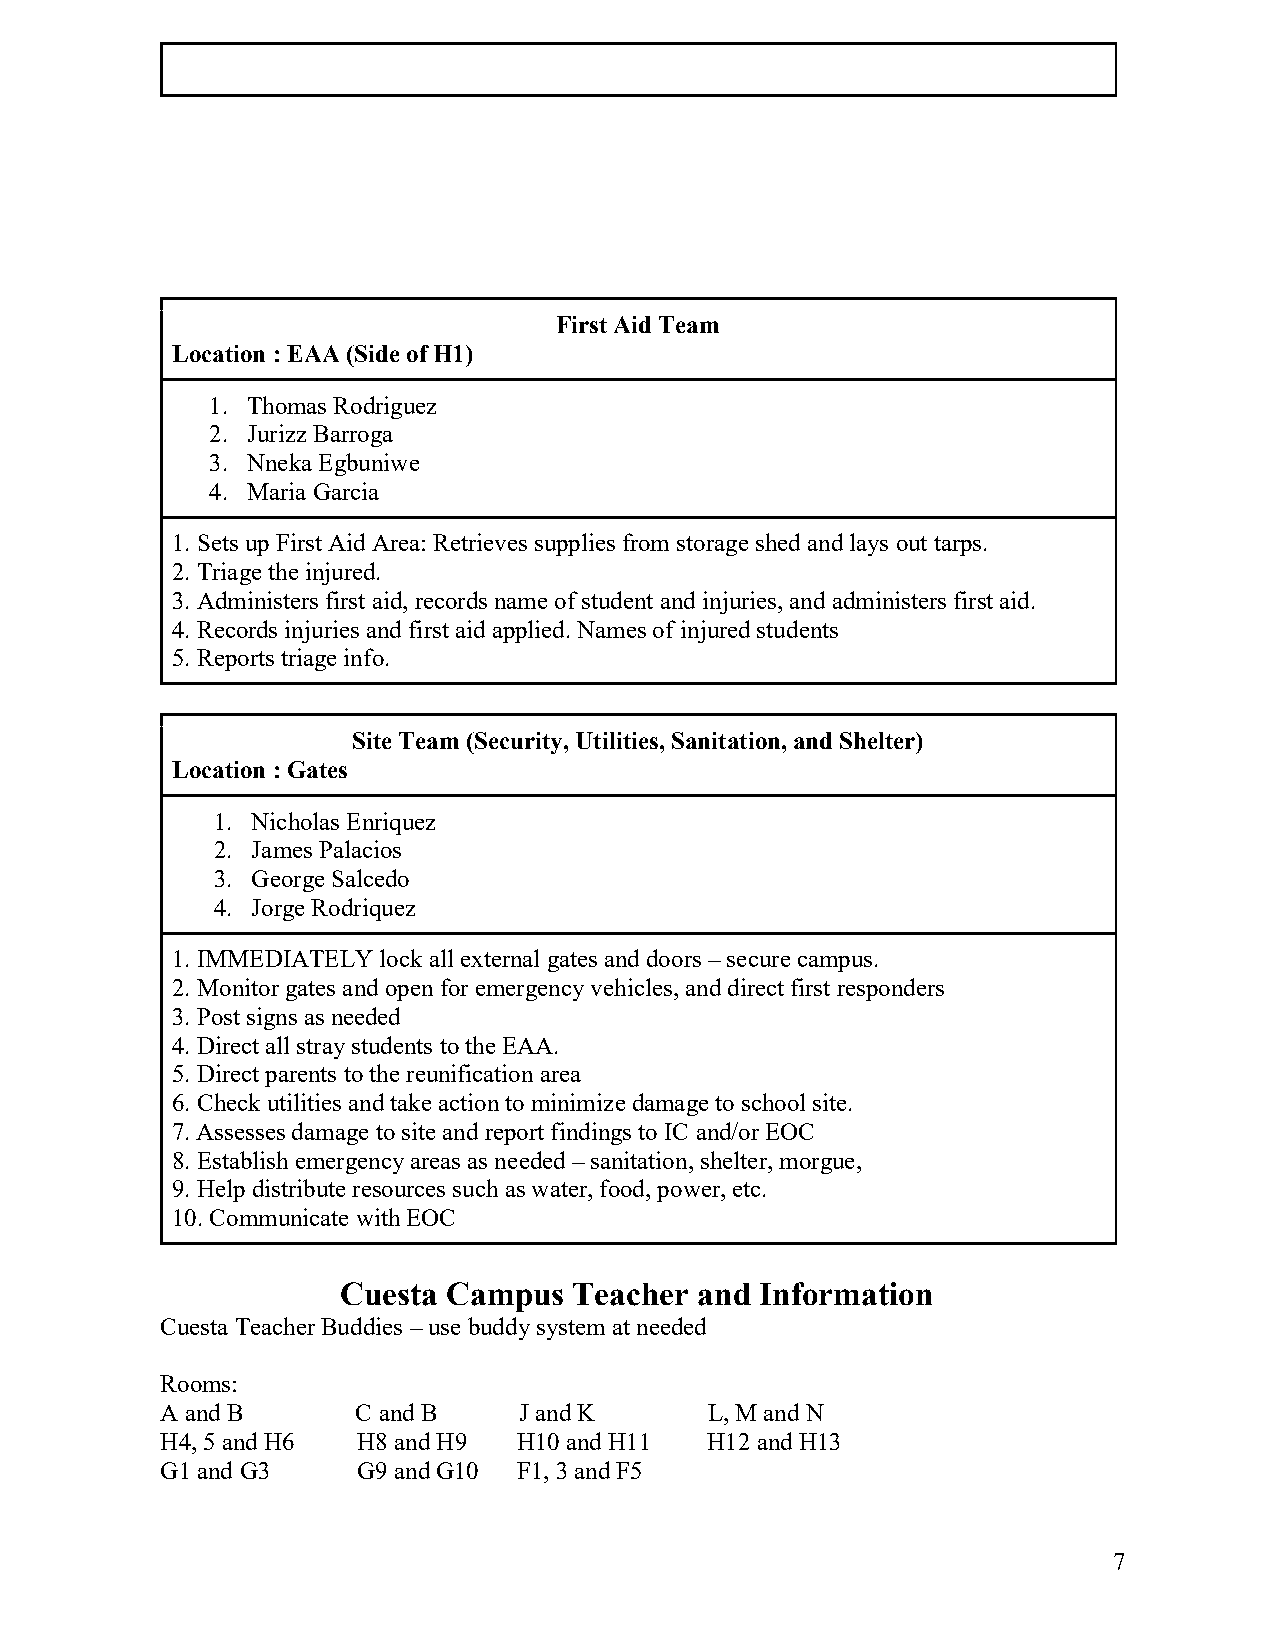
First Aid Team
 Location : EAA (Side of H1)
 1. Thomas Rodriguez
 2. Jurizz Barroga
 3. Nneka Egbuniwe
 4. Maria Garcia
 1. Sets up First Aid Area: Retrieves supplies from storage shed and lays out tarps.
 2. Triage the injured.
 3. Administers first aid, records name of student and injuries, and administers first aid.
 4. Records injuries and first aid applied. Names of injured students
 5. Reports triage info.
 Site Team (Security, Utilities, Sanitation, and Shelter)
 Location : Gates
 1. Nicholas Enriquez
 2. James Palacios
 3. George Salcedo
 4. Jorge Rodriquez
 1. IMMEDIATELY lock all external gates and doors – secure campus.
 2. Monitor gates and open for emergency vehicles, and direct first responders
 3. Post signs as needed
 4. Direct all stray students to the EAA.
 5. Direct parents to the reunification area
 6. Check utilities and take action to minimize damage to school site.
 7. Assesses damage to site and report findings to IC and/or EOC
 8. Establish emergency areas as needed – sanitation, shelter, morgue,
 9. Help distribute resources such as water, food, power, etc.
 10. Communicate with EOC
 Cuesta Campus  Teacher and Information
 Cuesta Teacher Buddies – use buddy system at needed
 Rooms:
 A and B      C and B   J and K      L, M and N
 H4, 5 and H6 H8 and H9 H10 and H11  H12 and H13
 G1 and G3    G9 and G10 F1, 3 and F5
 7